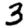
Digit: 3